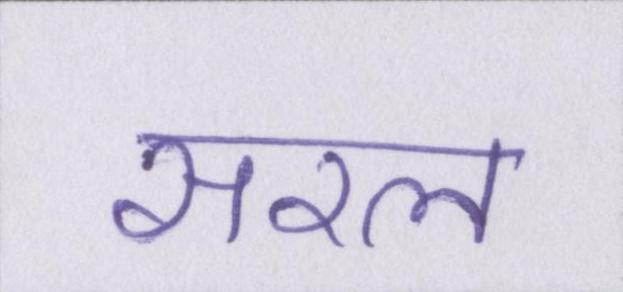
सरल